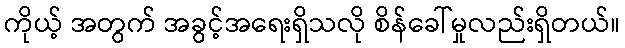
ကိုယ့် အတွက် အခွင့်အရေးရှိသလို စိန်ခေါ်မှုလည်းရှိတယ်။